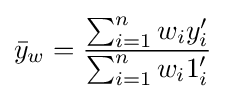
{\bar {y}}_{w}={\frac {\sum _{i=1}^{n}w_{i}y'_{i}}{\sum _{i=1}^{n}w_{i}1'_{i}}}